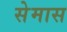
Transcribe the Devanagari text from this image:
सेमास